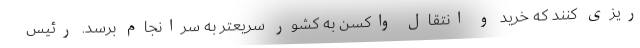
ریزی کنند که خرید و انتقال واکسن به کشور سریعتر به سرانجام برسد. رئیس